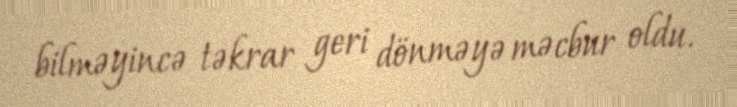
bilməyincə təkrar geri dönməyə məcbur oldu.